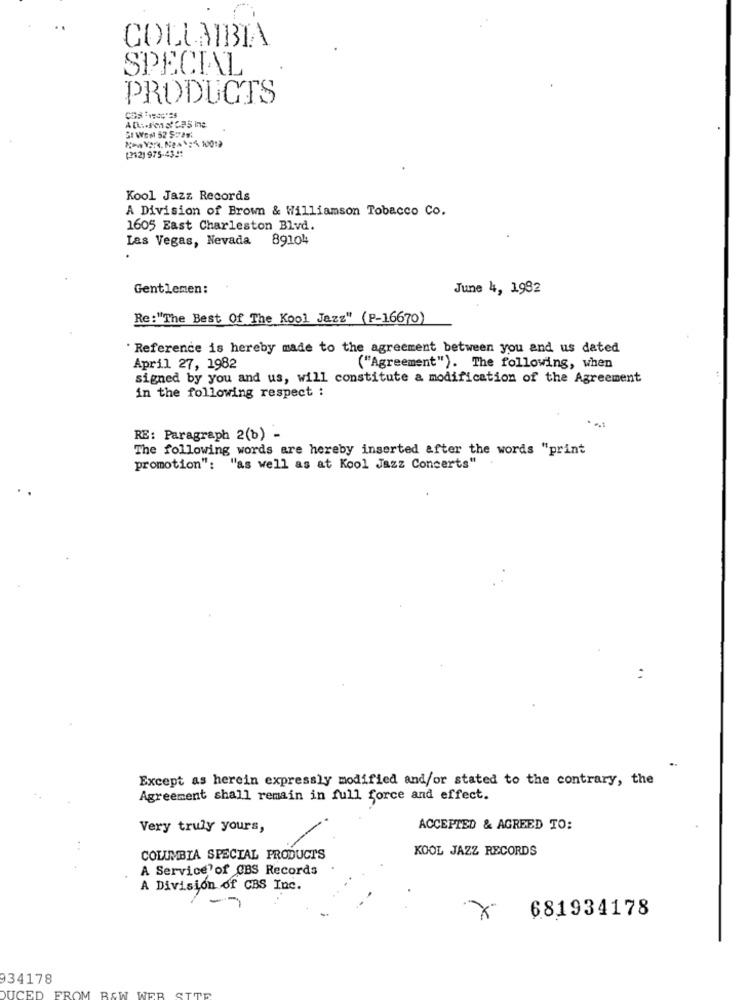
COLLAIBIA
SPECIAL
PRODUCTS
(212) 975-4341
Kool Jazz Records
A Division of Brown & Williamson Tobacco Co.
1605 East Charleston Blvd.
Las Vegas, Nevada 89104
Gentlemen:
June 4, 1992
Re:"The Best Of The Kool Jazz" (P-16670)
Reference is hereby made to the agreement between you and us dated
April 27, 1982
("Agreement"). The following, when
signed by you and us, will constitute a modification of the Agreement
in the following respect :
RE: Paragraph 2(b) -
The following words are hereby inserted after the words "print
promotion": "as well as at Kool Jazz Concerts"
:
..
Except as herein expressly modified and/or stated to the contrary, the
Agreement shall remain in full force and effect.
Very truly yours,
-
ACCEPTED & AGREED TO:
KOOL JAZZ RECORDS
COLUMBIA SPECIAL PRODUCTS
A Service of CBS Records
A Division of CBS Inc.
-
681934178
34178
FROM B&W WEB
DUCED
SITE